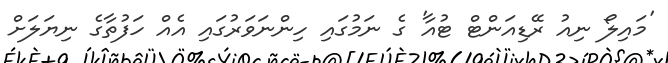
'މައިލޯ ނިއު ރޭޑިއަންޓް ޓުއާ' ގެ ނަމުގައި ހިންނަވަރުގައި އެއް ހަފުތާގެ ނިޔަލަށް